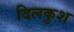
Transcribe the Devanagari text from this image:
दिलकुश